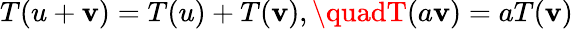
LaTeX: T(u+\mathbf{v})=T(u)+T(\mathbf{v}),\quadT(a\mathbf{v})=aT(\mathbf{v})